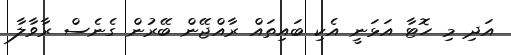
އަދި މި ހޮޓާ އަޅަނީ އެކި ބައިތައް ރާއްޖޭން ބޭރުން ގެނެސް ރާވާލާ